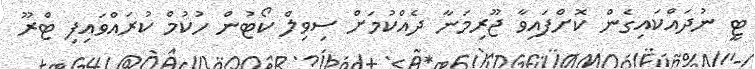
ޓީ ނުދައްކައިގެން ކޮށްފައިވާ ޖޫރިމަނާ ދެއްކުމަށް ސިވިލް ކޯޓުން ހުކުމް ކުރައްވައިފި ޓްރޫ